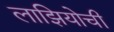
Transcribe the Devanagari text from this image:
लाझियोची